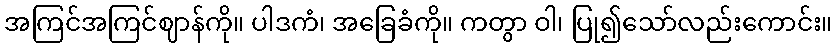
အကြင်အကြင်ဈာန်ကို။ ပါဒကံ၊ အခြေခံကို။ ကတွာ ဝါ၊ ပြု၍သော်လည်းကောင်း။